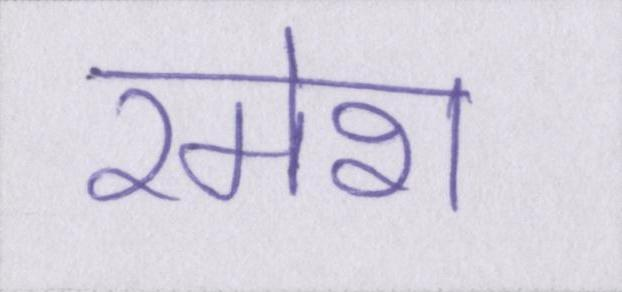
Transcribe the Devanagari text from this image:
रमेश